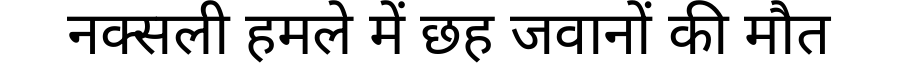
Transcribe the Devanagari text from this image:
नक्सली हमले में छह जवानों की मौत